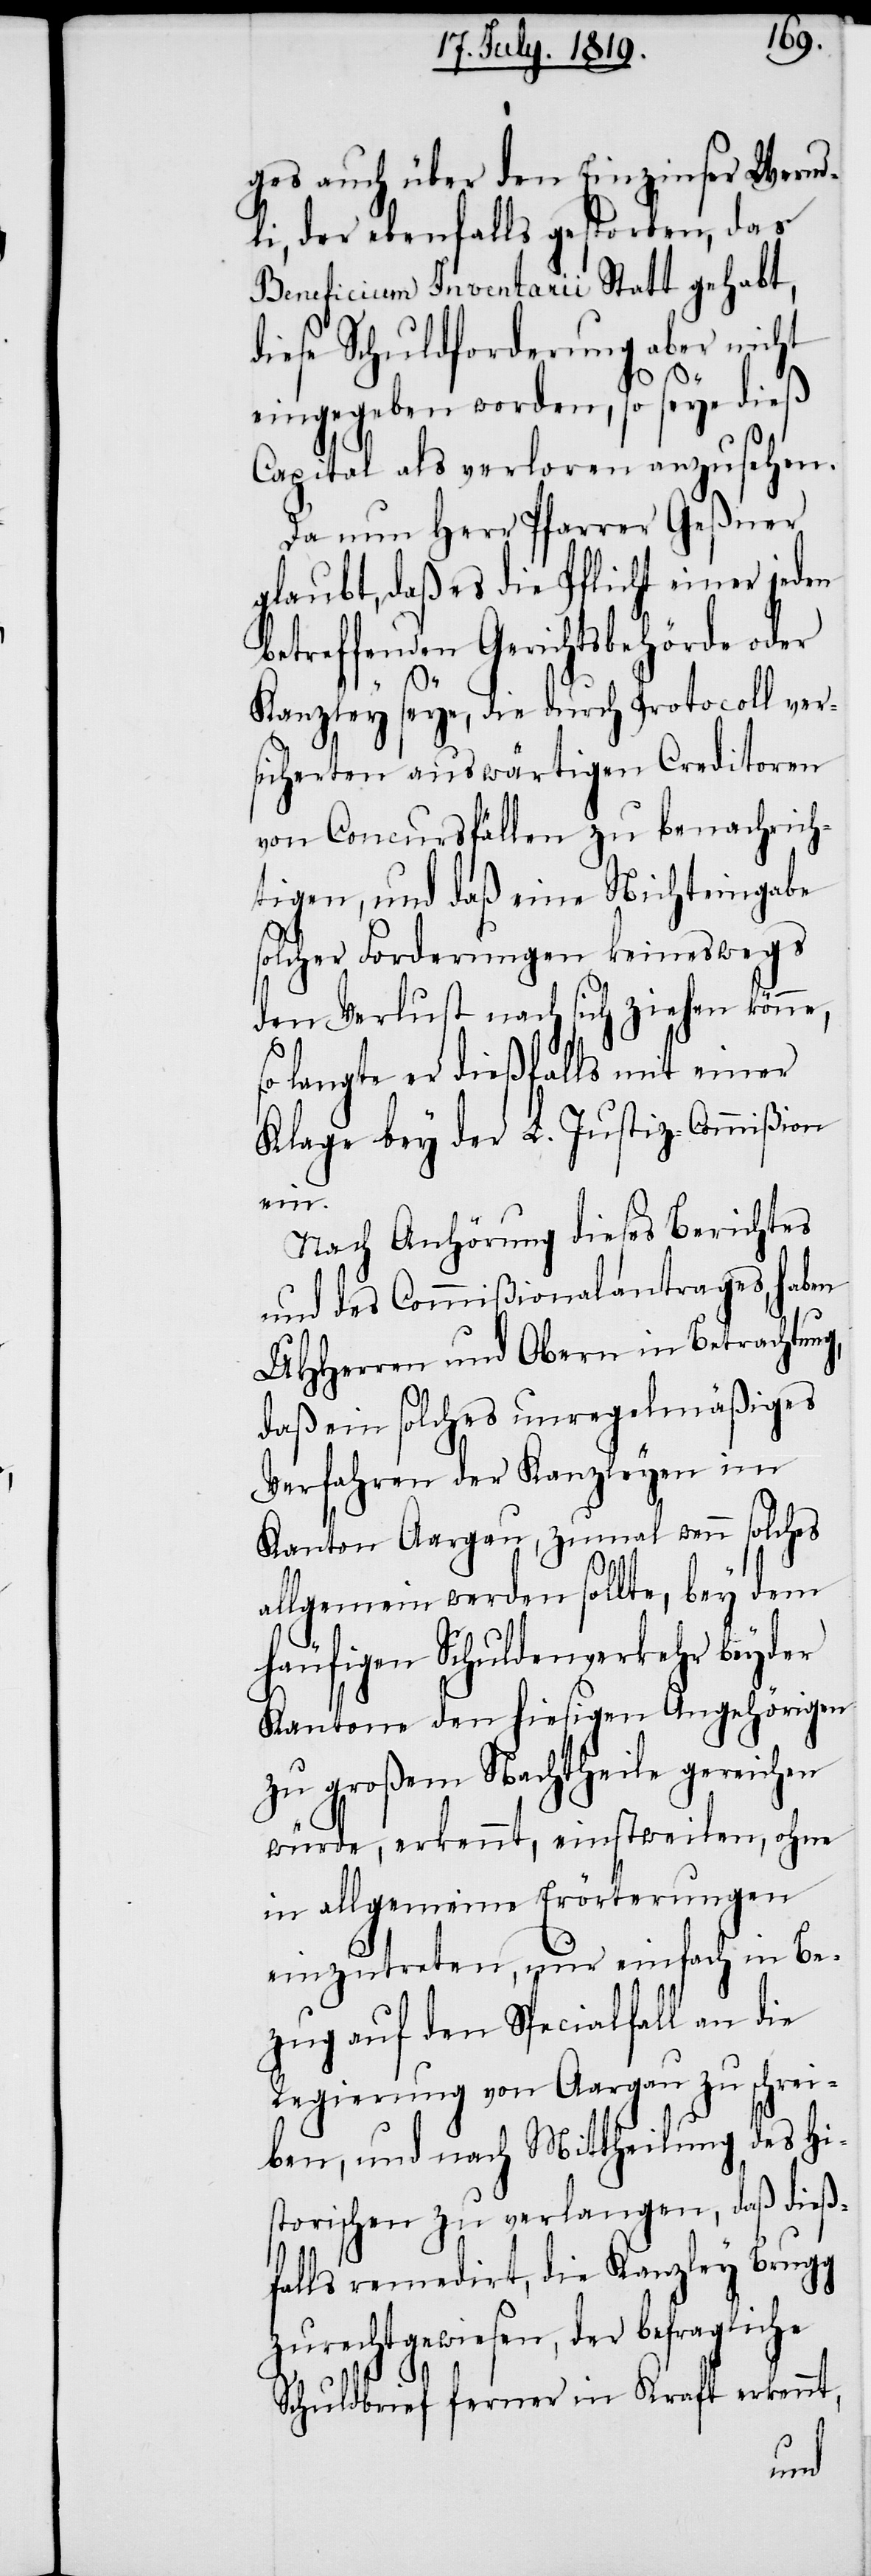
ges auch über den Einzinser Wernd¬
li, der ebenfalls gestorben, das
Beneficium Inventarii Statt gehabt,
diese Schuldforderung aber nicht
eingegeben worden, so seye dieß
Capital als verloren anzusehen.
Da nun Herr Pfarrer Geßner
glaubt, daß es die Pflicht einer jeden
betreffenden Gerichtsbehörde oder
Kanzley seye, die durch Protocoll ver¬
sicherten auswärtigen Creditoren
von Concursfällen zu benachrich¬
tigen, und daß eine Nichteingabe
solcher Forderungen keineswegs
den Verlust nach sich ziehen könne,
so langte er dießfalls mit einer
Klage bey der L. Justiz-Commißion
ein.
Nach Anhörung dieses Berichtes
und des Commißionalantrages, haben
UHHerren und Obern in Betrachtung,
daß ein solches unregelmäßiges
Verfahren der Kanzleyen im
Kanton Aargau, zumal wenn solches
allgemein werden sollte, bey dem
häufigen Schuldenverkehr beyder
Kantone den hiesigen Angehörigen
zu großem Nachtheile gereichen
würde, erkennt, einstweilen, ohne
in allgemeine Erörterungen
einzutreten, nur einfach in Be¬
zug auf den Specialfall an die
Regierung von Aargau zu schrei¬
ben, und nach Mittheilung des Hi¬
storischen zu verlangen, daß dieß¬
falls remedirt, der Kanzley Brugg
zurechtgewiesen, der befragliche
Schuldbrief ferner in Kraft erkennt,